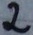
Text: 2